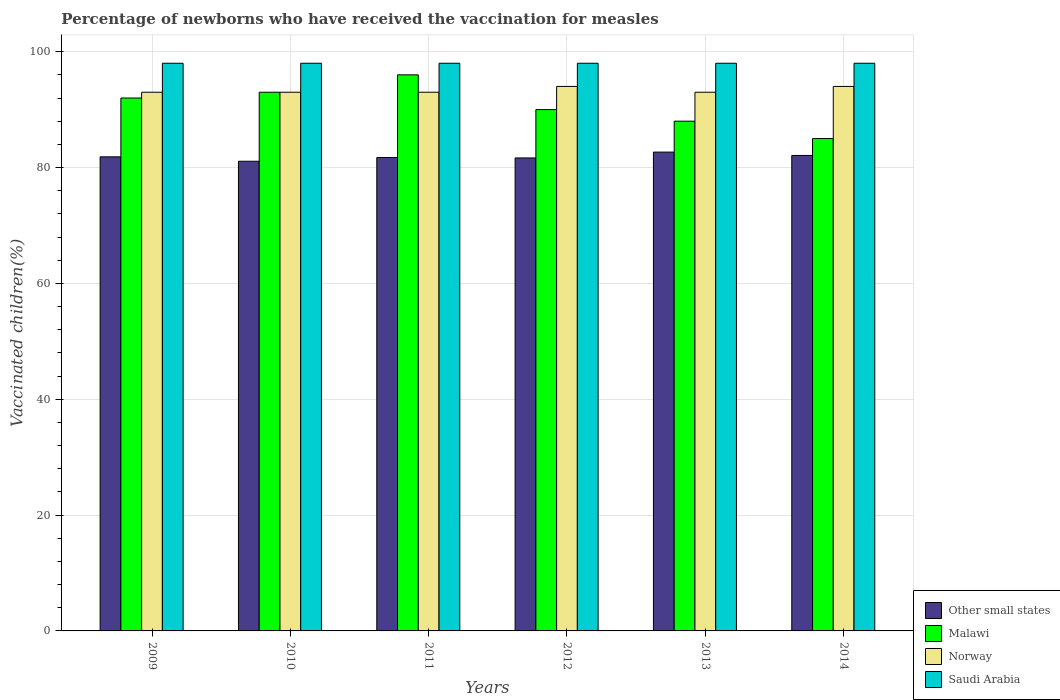
| Years | Other small states | Malawi | Norway | Saudi Arabia |
 | --- | --- | --- | --- | --- |
 | 2009 | 81.8 | 92 | 93 | 98 |
 | 2010 | 81.1 | 93 | 93 | 98 |
 | 2011 | 81.7 | 96 | 93 | 98 |
 | 2012 | 81.7 | 90 | 94 | 98 |
 | 2013 | 82.7 | 88 | 93 | 98 |
 | 2014 | 82.1 | 85 | 94 | 98 |